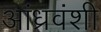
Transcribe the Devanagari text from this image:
आंध्रवंशी